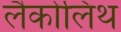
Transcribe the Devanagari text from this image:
लैकोलिथ